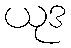
ယုဒ